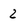
Character: 2